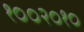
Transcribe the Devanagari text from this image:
१००२०१०